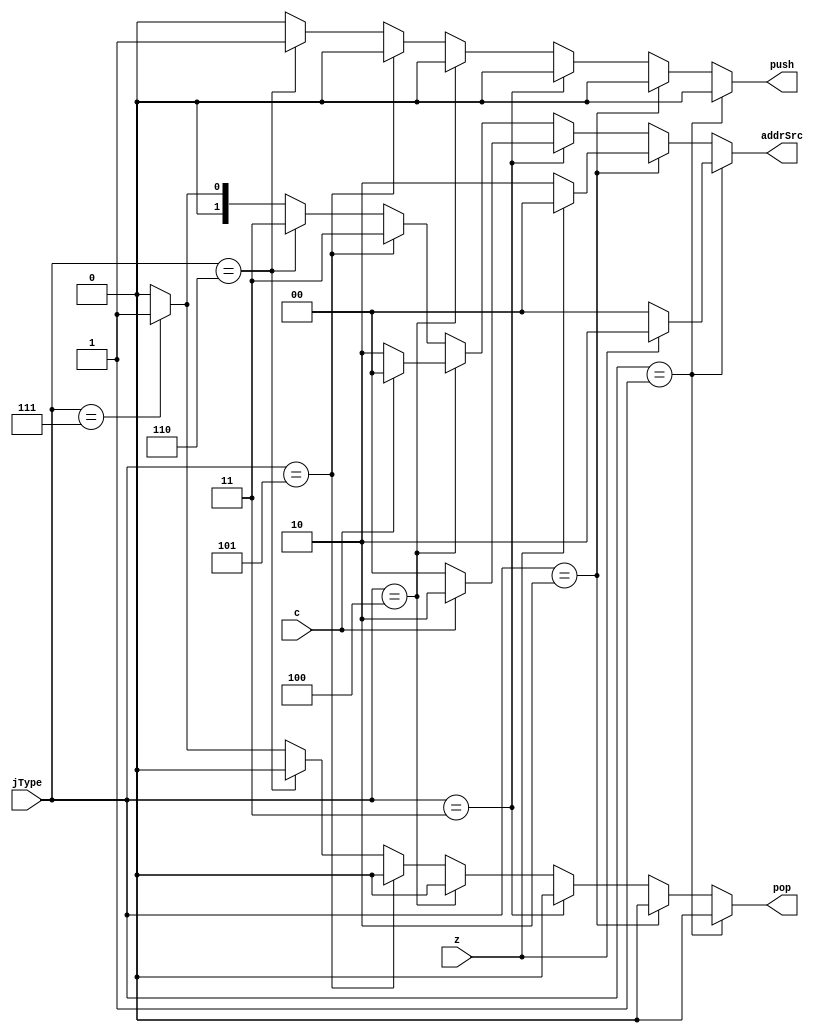
module BranchControl(
	input [2:0] jType,
	input c,
	input z,
	output reg [1:0] addrSrc,
	output reg push, pop
);
	always @(jType) begin
		{addrSrc, push, pop} = 4'b0000;
		if (jType == 3'b001) begin
			if(z)
				addrSrc = 2'b10;
		end
		else if (jType == 3'b010) begin
			if(~z)
				addrSrc = 2'b10;
		end
		else if (jType == 3'b011) begin
			if(c)
				addrSrc = 2'b10;
		end
		else if (jType == 3'b100) begin
			if(~c)
				addrSrc = 2'b10;
		end
		else if (jType == 3'b101) begin
			addrSrc = 2'b11;
		end
		else if (jType == 3'b110) begin
			addrSrc = 2'b11;
			push = 1'b1;
		end
		else if (jType == 3'b111) begin
			addrSrc = 2'b01;
			pop = 1'b1;
		end
	end
endmodule